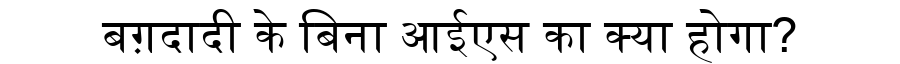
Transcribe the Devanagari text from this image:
बग़दादी के बिना आईएस का क्या होगा?